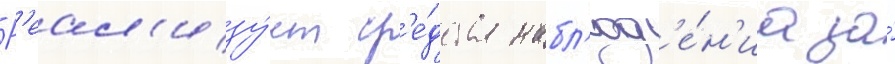
Р'еал'изу́ет ср'е́дства набл'юд'е́н'иа за́